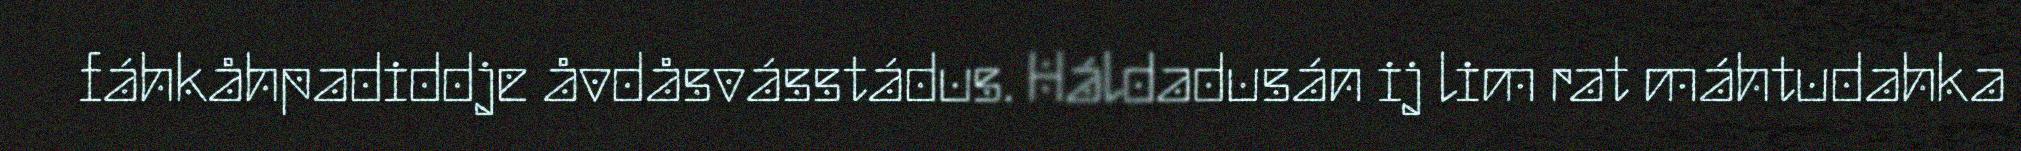
fáhkåhpadiddje åvdåsvásstádus. Háldadusán ij lim rat máhtudahka